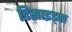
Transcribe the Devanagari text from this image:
डिसाइड्स